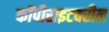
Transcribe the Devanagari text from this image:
कॉपीराइटवरील